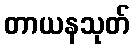
တာယနသုတ်